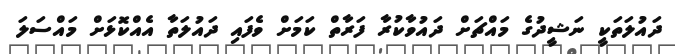
ދައުލަތަކީ ނަޝީދުގެ މައްޗަށް ދައުވާކުރާ ފަރާތް ކަމަށް ވެފައި ދައުލަތާ އެއްކޮޅަށް މައްސަލަ